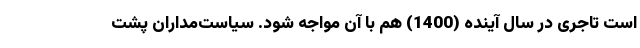
است تاجری در سال آینده (1400) هم با آن مواجه شود. سیاست‌مداران پشت